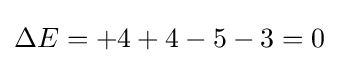
\Delta E=+4+4-5-3=0